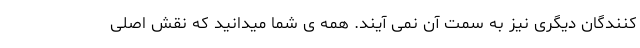
کنندگان دیگری نیز به سمت آن نمی آیند. همه ی شما میدانید که نقش اصلی